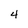
Character: 4